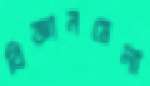
বিজ্ঞানমেলা